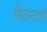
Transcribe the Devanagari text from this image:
मिळेनाशी